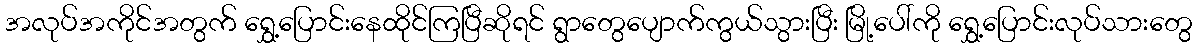
အလုပ်အကိုင်အတွက် ရွှေ့ပြောင်းနေထိုင်ကြပြီဆိုရင် ရွာတွေပျောက်ကွယ်သွားပြီး မြို့ပေါ်ကို ရွှေ့ပြောင်းလုပ်သားတွေ